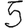
Digit: 5